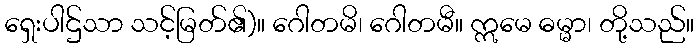
ရှေးပါဌ်သာ သင့်မြတ်၏)။ ဂေါတမိ၊ ဂေါတမီ။ ဣမေ ဓမ္မာ၊ တို့သည်။